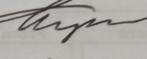
Signature authenticity: genuine